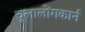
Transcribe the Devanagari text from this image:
चूलालोंगकार्न